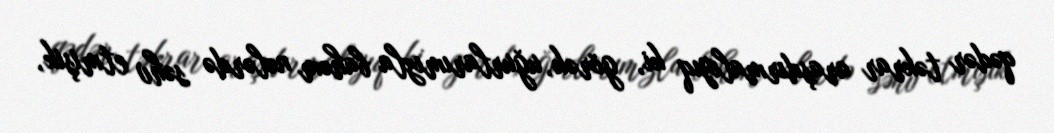
qədər təkrar araşdırmalıyıq ki, görək, uğurlarımızla bahəm nələrdə səhv etmişik,